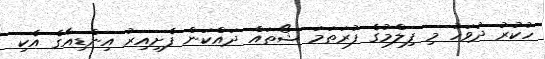
ހުކުރު ދުވަހު މި ފިލްމުގެ ފުރަތަމަ ޝޯތައް ދައްކަން ފެށިއިރު އިންޑިއާގެ އެކި